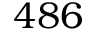
4 8 6